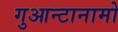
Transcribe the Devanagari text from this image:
गुआन्टानामो